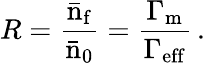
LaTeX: R=\mathrm{\frac{\bar{n}_{f}}{\bar{n}_{0}}=\frac{\Gamma_{m}}{\Gamma_{eff}}}\, .